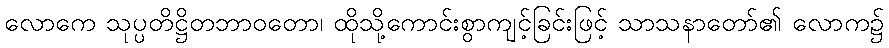
လောကေ သုပ္ပတိဋ္ဌိတဘာဝတော၊ ထိုသို့ကောင်းစွာကျင့်ခြင်းဖြင့် သာသနာတော်၏ လောက၌